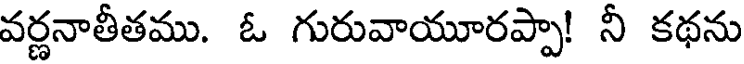
వర్ణనాతీతము. ఓ గురువాయూరప్పా! నీ కథను